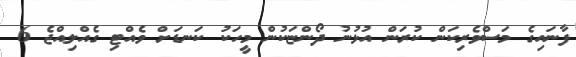
ފާނައިގެ މަސްްވެރިކަން ކުރަން އުޅުނު ދޯންޏަކުން މީހަކު ކަނޑަށް ވެއްޓި ގެއްލިއްޖެ 6